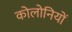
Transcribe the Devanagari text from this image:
कोलोनियों